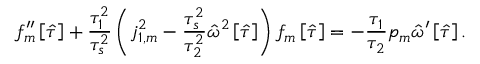
f _ { m } ^ { \prime \prime } \left[ \hat { \tau } \right] + \frac { \tau _ { 1 } ^ { 2 } } { \tau _ { s } ^ { 2 } } \left( j _ { 1 , m } ^ { 2 } - \frac { \tau _ { s } ^ { 2 } } { \tau _ { 2 } ^ { 2 } } \hat { \omega } ^ { 2 } \left[ \hat { \tau } \right] \right) f _ { m } \left[ \hat { \tau } \right] = - \frac { \tau _ { 1 } } { \tau _ { 2 } } p _ { m } \hat { \omega } ^ { \prime } \left[ \hat { \tau } \right] .